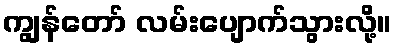
ကျွန်တော် လမ်းပျောက်သွားလို့။